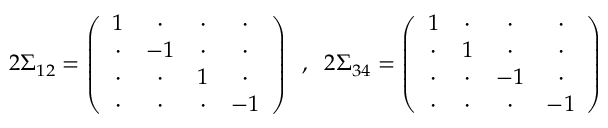
2 \Sigma _ { 1 2 } = \left( \begin{array} { c c c c } { { 1 } } & { { \cdot } } & { { \cdot } } & { { \cdot } } \\ { { \cdot } } & { { - 1 } } & { { \cdot } } & { { \cdot } } \\ { { \cdot } } & { { \cdot } } & { { 1 } } & { { \cdot } } \\ { { \cdot } } & { { \cdot } } & { { \cdot } } & { { - 1 } } \end{array} \right) \; \; , \; \; 2 \Sigma _ { 3 4 } = \left( \begin{array} { c c c c } { { 1 } } & { { \cdot } } & { { \cdot } } & { { \cdot } } \\ { { \cdot } } & { { 1 } } & { { \cdot } } & { { \cdot } } \\ { { \cdot } } & { { \cdot } } & { { - 1 } } & { { \cdot } } \\ { { \cdot } } & { { \cdot } } & { { \cdot } } & { { - 1 } } \end{array} \right) \nonumber